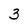
Character: 3